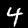
Digit: 4